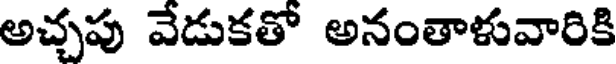
అచ్చపు వేడుకతో అనంతాళువారికి